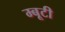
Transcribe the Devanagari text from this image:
म्बूटी